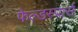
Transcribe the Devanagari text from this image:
फेल्डस्पार्स